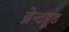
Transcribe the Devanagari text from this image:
ब्रेन्टहूड